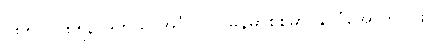
၁၈၅၂-၁၈၅၃ ဒုတိယ အင်္ဂလိပ်-မြန်မာစစ်မှာ နိုင်ငံအောက်ပိုင်း